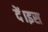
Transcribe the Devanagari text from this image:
दें।इस